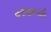
હરજીભાઈ